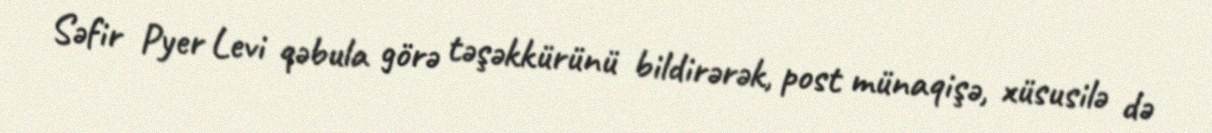
Səfir Pyer Levi qəbula görə təşəkkürünü bildirərək, post münaqişə, xüsusilə də